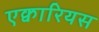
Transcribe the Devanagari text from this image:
एक्वारियस